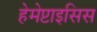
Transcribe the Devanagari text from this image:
हेमेप्टाइसिस